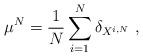
LaTeX: \begin{align*}\mu^N = \frac{1}{N}\sum_{i=1}^N \delta_{X^{i,N}} ~,\end{align*}